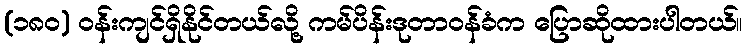
(၁၈၀) ဝန်းကျင်ရှိနိုင်တယ်လို့ ကမ်ပိန်းဒုတာဝန်ခံက ပြောဆိုထားပါတယ်။